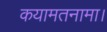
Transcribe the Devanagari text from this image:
कयामतनामा।